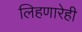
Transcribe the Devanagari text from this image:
लिहणारेही